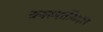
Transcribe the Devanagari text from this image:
वनस्पतींबद्दल